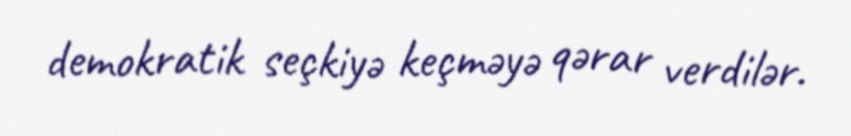
demokratik seçkiyə keçməyə qərar verdilər.